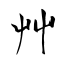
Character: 艸